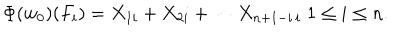
\Phi ( w _ { 0 } ) ( F _ { i } ) = X _ { 1 i } + X _ { 2 i } + \cdots X _ { n + 1 - i \, i } \; 1 \leq i \leq n .